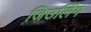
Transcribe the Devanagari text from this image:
जिउलिंग